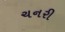
ચનરી